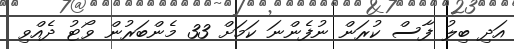
އަދި ބިލު ފާސް ކުރަން ނުފެންނަ ކަމަށް 33 މެންބަރުން ވޯޓު ދެއްވި